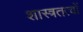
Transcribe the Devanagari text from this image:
शास्त्रतत्वों